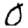
Digit: 0